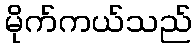
မိုက်ကယ်သည်